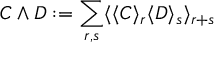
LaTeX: C \wedge D : = \sum _ { r , s } \langle \langle C \rangle _ { r } \langle D \rangle _ { s } \rangle _ { r + s }